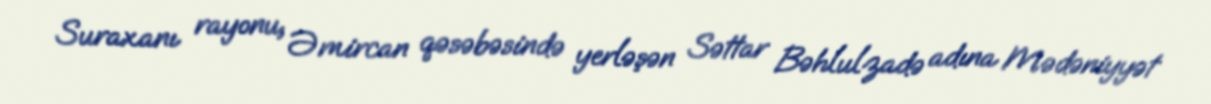
Suraxanı rayonu, Əmircan qəsəbəsində yerləşən Səttar Bəhlulzadə adına Mədəniyyət